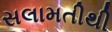
સલામતીથી